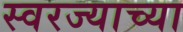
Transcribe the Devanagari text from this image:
स्वरज्याच्या